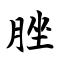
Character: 脞